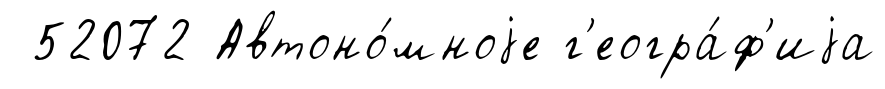
52072 Автоно́мноjе г'еогра́ф'иjа